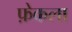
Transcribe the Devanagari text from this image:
फ़ेकला